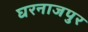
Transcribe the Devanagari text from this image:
घरनाजपुर